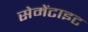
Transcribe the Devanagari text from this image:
सेमेंटाइट